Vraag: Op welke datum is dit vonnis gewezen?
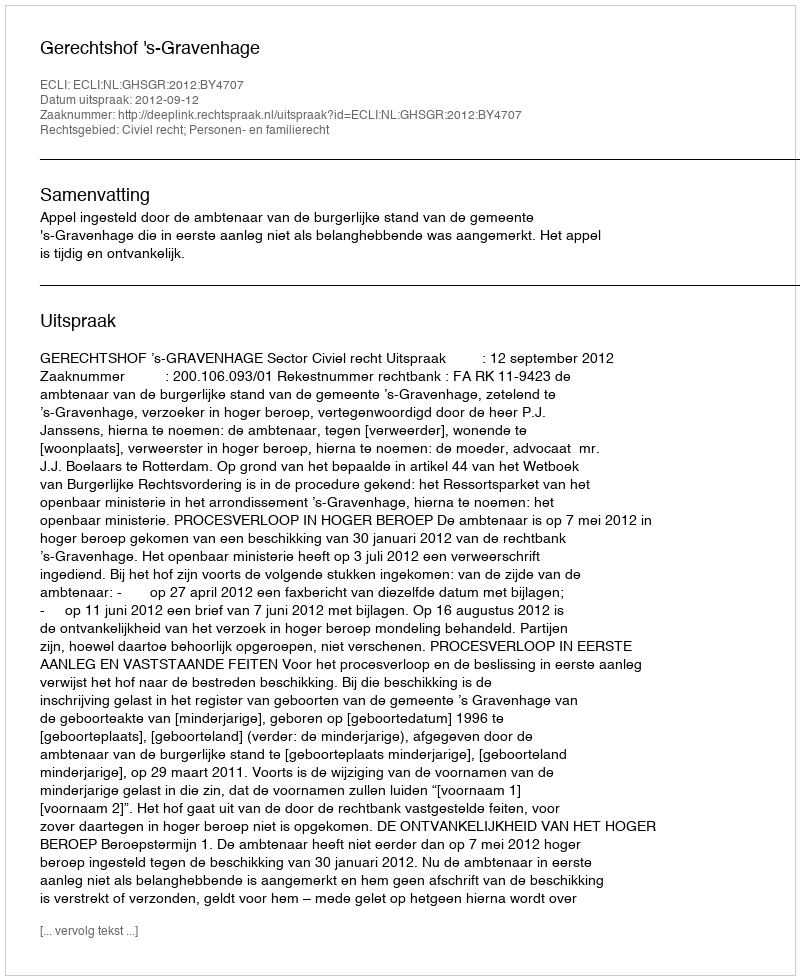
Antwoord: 2012-09-12